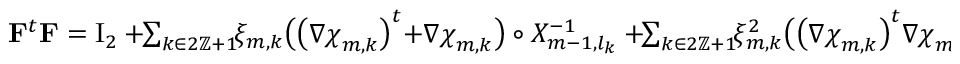
\begin{array} { r } { \mathbf { F } ^ { t } \mathbf { F } = \ensuremath { \mathrm { I } _ { 2 } } + \! \! \sum _ { k \in 2 \ensuremath { \mathbb { Z } } + 1 } \! \! \xi _ { m , k } \bigl ( \bigl ( \nabla { \boldsymbol { \chi } } _ { m , k } \bigr ) ^ { t } { + } \nabla { \boldsymbol { \chi } } _ { m , k } \bigr ) \circ X _ { m - 1 , l _ { k } } ^ { - 1 } + \! \! \sum _ { k \in 2 \ensuremath { \mathbb { Z } } + 1 } \! \! \xi _ { m , k } ^ { 2 } \bigl ( \bigl ( \nabla { \boldsymbol { \chi } } _ { m , k } \bigr ) ^ { t } \nabla { \boldsymbol { \chi } } _ { m , k } \bigr ) \circ X _ { m - 1 , l _ { k } } ^ { - 1 } \, . } \end{array}